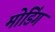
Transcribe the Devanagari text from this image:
मोडिंग